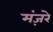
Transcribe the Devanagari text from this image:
मंज़रे